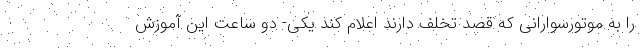
را به موتورسوارانی که قصد تخلف دارند اعلام کند یکی- دو ساعت این آموزش